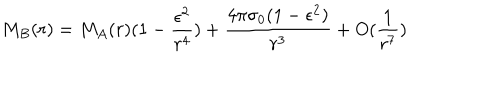
LaTeX: M _ { B } ( r ) = M _ { A } ( r ) ( 1 - \frac { \epsilon ^ { 2 } } { r ^ { 4 } } ) + \frac { 4 \pi \sigma _ { 0 } ( 1 - \epsilon ^ { 2 } ) } { r ^ { 3 } } + O ( \frac { 1 } { r ^ { 7 } } )